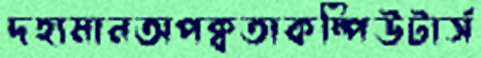
দহ্যমানঅপক্বতাকম্পিউটার্স